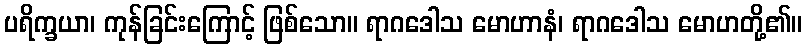
ပရိက္ခယာ၊ ကုန်ခြင်းကြောင့် ဖြစ်သော။ ရာဂဒေါသ မောဟာနံ၊ ရာဂဒေါသ မောဟတို့၏။